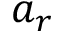
a _ { r }